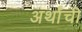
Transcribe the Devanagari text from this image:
अर्थांची